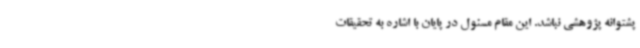
پشتوانه پژوهشی نباشد. این مقام مسئول در پایان با اشاره به تحقیقات